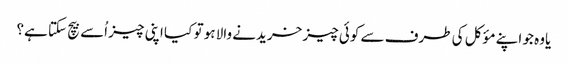
یاوہ جو اپنے مؤکل کی طرف سے کوئی چیز خریدنے والا ہو تو کیا اپنی چیز اُسے بیچ سکتا ہے؟